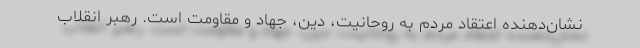
نشان‌دهنده اعتقاد مردم به روحانیت، دین، جهاد و مقاومت است. رهبر انقلاب